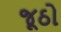
જૂઠો